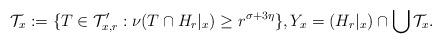
LaTeX: \begin{align*}\mathcal{T}_x := \{ T\in\mathcal{T}'_{x,r}: \nu(T\cap H_{r}|_{x}) \geq r^{\sigma+3\eta}\},Y_x = (H_{r}|_{x}) \cap \bigcup \mathcal{T}_x.\end{align*}